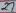
Text: 26